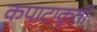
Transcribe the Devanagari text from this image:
कपाटाकृती